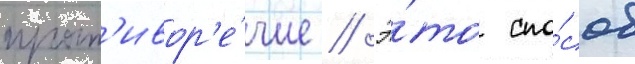
прот'ивор'е́чие // Э́то спо́соб